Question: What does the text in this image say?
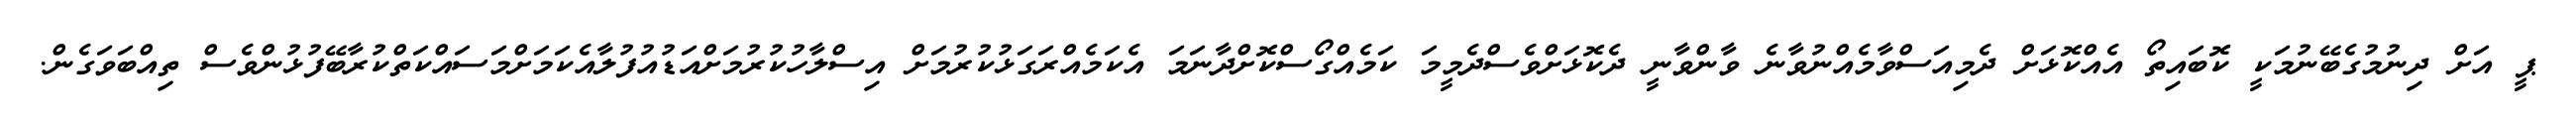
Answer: ޕީ އަށް ދިނުމުގެބޭނުމަކީ ކޮބައިތޯ އެއްކޮޅަށް ދެމިއަސްވާމެއްނުވާނެ ވާންވާނީ ދެކޮޅަށްވެސްދެމީމަ ކަމެއްގޯސްކޮށްދާނަމަ އެކަމެއްރަގަޅުކުރުމަށް އިސްލާހުކުރުމަށްއަޑުއުފުލާއެކަމަށްމަސައްކަތްކުރާބޭފުޅުންވެސް ތިއްބަވަގެން.